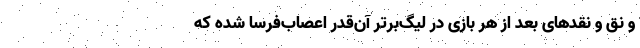
و نق و نقدهای بعد از هر بازی در لیگ‌برتر آن‌قدر اعصاب‌فرسا شده که